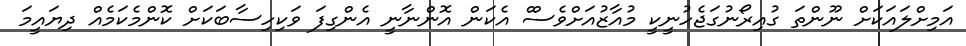
އަމިށްލައަކަށް ނޫންތަ ގުއިރޯނުގަޖެހުނީކީ މުއާޒުއަށްވެސްް އެކަން އޮންނާނީ އެންގިފަ ވަކިހިސާބަކަށް ކޮންމެކަމެއް ދިޔައީމަ